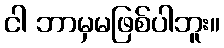
ငါ ဘာမှမဖြစ်ပါဘူး။